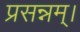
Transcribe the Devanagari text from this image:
प्रसन्नम्‌।